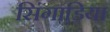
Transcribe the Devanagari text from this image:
सिंगाडि़या